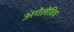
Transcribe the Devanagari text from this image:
अंगेलेविच